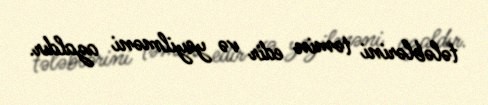
tələblərini təmin edir və yeyilməni azaldır.